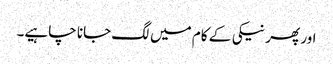
اور پھر نیکی کے کام میں لگ جانا چاہیے۔